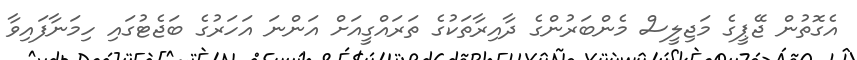
އެގޮތުން ޖޭޕީގެ މަޖިލީސް މެންބަރުންގެ ދާއިރާތަކުގެ ތަރައްގީއަށް އަންނަ އަހަރުގެ ބަޖެޓުގައި ހިމަނާފައިވާ